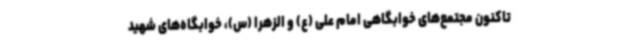
تاکنون مجتمع‌های خوابگاهی امام علی (ع) و الزهرا (س)، خوابگاه‌های شهید